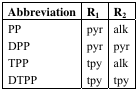
<table><thead><tr><td><b>Abbreviation</b></td><td><b>R<sub>1</sub></b></td><td><b>R<sub>2</sub></b></td></tr></thead><tbody><tr><td>PP</td><td>pyr</td><td>alk</td></tr><tr><td>DPP</td><td>pyr</td><td>pyr</td></tr><tr><td>TPP</td><td>tpy</td><td>alk</td></tr><tr><td>DTPP</td><td>tpy</td><td>tpy</td></tr></tbody></table>